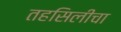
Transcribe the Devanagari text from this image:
तहसिलीचा